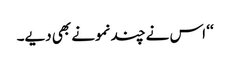
‘‘ اس نے چند نمونے بھی دیے۔